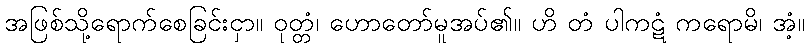
အဖြစ်သို့ရောက်စေခြင်းငှာ။ ဝုတ္တံ၊ ဟောတော်မူအပ်၏။ ဟိ တံ ပါကဋံ ကရောမိ၊ အံ့။